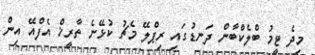
މިދެ ޓީމު ބްލެކްބާން ދަނޑުގައި ރިޕްލޭ މެޗު ކުޅޭނެ ތާރީޚް އެފްއޭ އިން